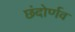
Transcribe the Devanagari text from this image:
छंदोर्णव